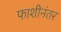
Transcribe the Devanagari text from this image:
फाशीनंतर